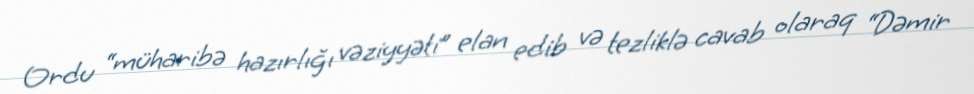
Ordu “müharibə hazırlığı vəziyyəti” elan edib və tezliklə cavab olaraq “Dəmir